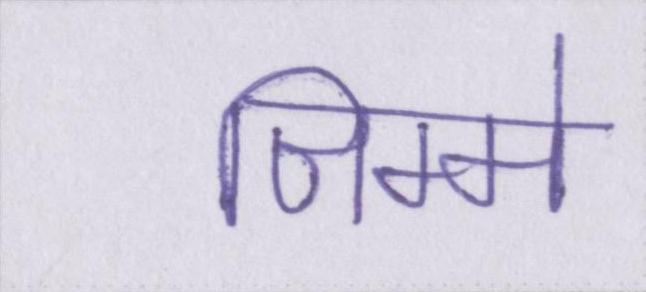
जिम्मे